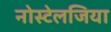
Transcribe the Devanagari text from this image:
नोस्‍टेलजिया